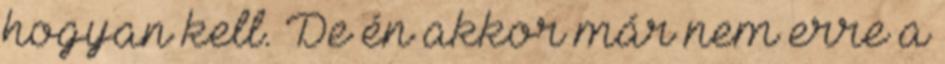
hogyan kell. De én akkor már nem erre a